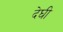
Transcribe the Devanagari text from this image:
देघी